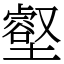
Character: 壑